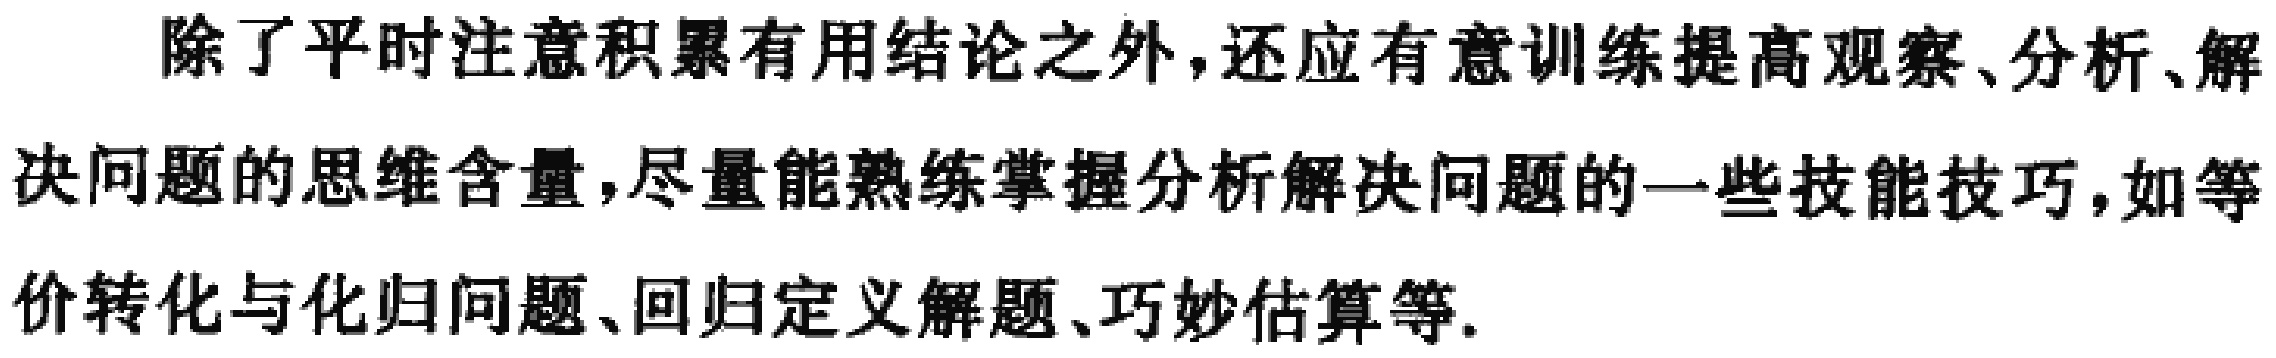
除了平时注意积累有用结论之外,还应有意训练提高观察、分析、解决问题的思维含量,尽量能熟练掌握分析解决问题的一些技能技巧,如等价转化与化归问题、回归定义解题、巧妙估算等.